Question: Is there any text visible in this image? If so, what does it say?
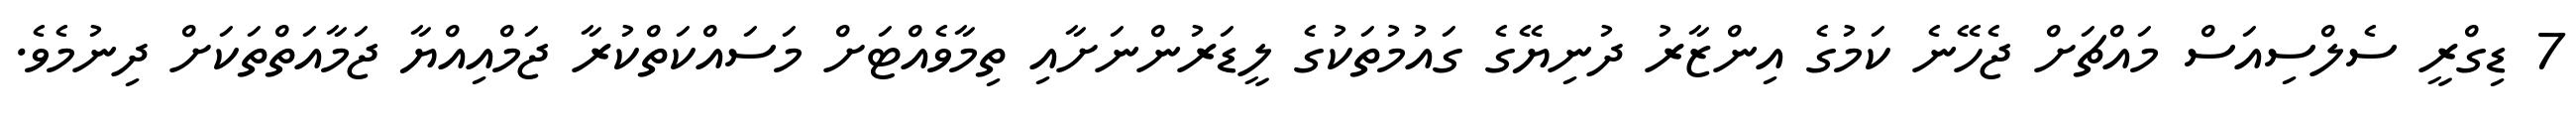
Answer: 7 ޑިގްރީ ސެލްސިއަސް މައްޗަށް ޖެހޭނެ ކަމުގެ އިންޒާރު ދުނިޔޭގެ ގައުމުތަކުގެ ލީޑަރުންނަށާއި ތިމާވެއްޓަށް މަސައްކަތްކުރާ ޖަމްއިއްޔާ ޖަމާއަތްތަކަށް ދިނުމެވެ.